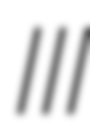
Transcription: III